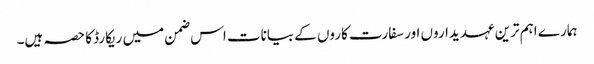
ہمارے اہم ترین عہدیداروں اور سفارت کاروں کے بیانات اس ضمن میں ریکارڈ کا حصہ ہیں۔